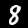
Label: 8